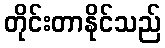
တိုင်းတာနိုင်သည်